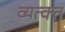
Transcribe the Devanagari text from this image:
व्यत्क्त